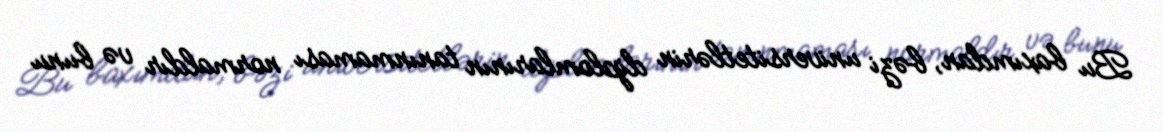
Bu baxımdan, bəzi universitetlərin diplomlarının tanınmaması normaldır və bunu